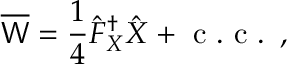
\overline { { \mathsf { W } } } = \frac { 1 } { 4 } \hat { F } _ { X } ^ { \dagger } \hat { X } + \mathrm { ~ c ~ . ~ c ~ . ~ } \, ,